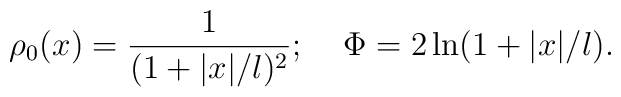
\rho_0(x)={1 \over (1+|x|/l)^2}; \;\;\;\; \Phi=2\ln(1+|x|/l).